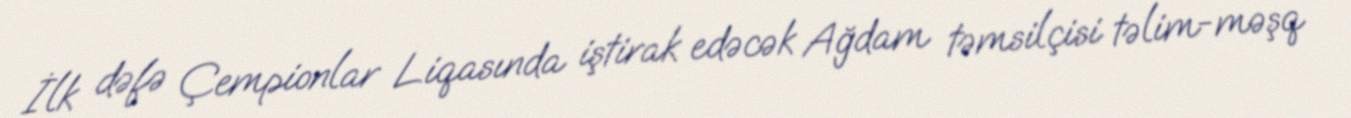
İlk dəfə Çempionlar Liqasında iştirak edəcək Ağdam təmsilçisi təlim-məşq